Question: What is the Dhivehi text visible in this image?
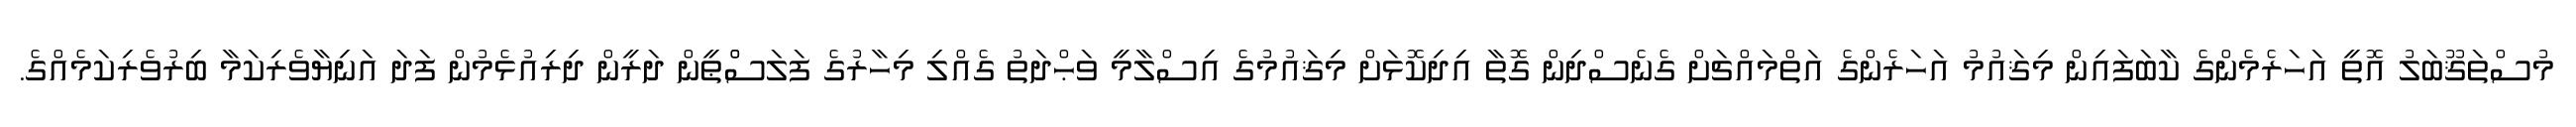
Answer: މުސްތަޤޫބަލު އޮތީ އަހަރެމެންގެ ކާބަފައިން މިޤައުމު އަހަރެންގެ އަތްމައްޗަށް ގެނެސްދިން ގޮތާ އިދިކޮޅަށް މިޤައުމުގެ އިސްލާމީ ވަޙްދަތު ގެއްލި މިހާރުގެ ފަލަސްްޠީން ދަރީން ދިރިއުޅެމުން ފަދަ އަނިޔާވެރިކަމާ ބިރުވެރިކަމެއްގެ.